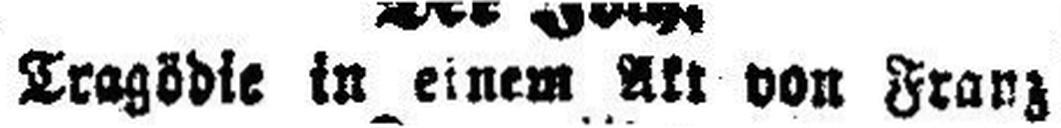
Tragödie in einem Akt von Franz